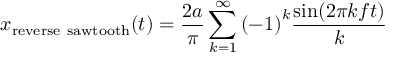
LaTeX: x _ { \mathrm { r e v e r s e ~ s a w t o o t h } } ( t ) = { \frac { 2 a } { \pi } } \sum _ { k = 1 } ^ { \infty } { ( - 1 ) } ^ { k } { \frac { \sin ( 2 \pi k f t ) } { k } }